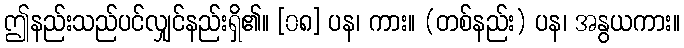
ဤနည်းသည်ပင်လျှင်နည်းရှိ၏။ [၀၈] ပန၊ ကား။ (တစ်နည်း) ပန၊ အနွယကား။